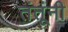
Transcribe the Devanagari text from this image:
तंतूंनी